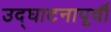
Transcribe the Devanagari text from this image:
उद्‌घाटनापूर्वी